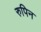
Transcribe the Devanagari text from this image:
रुपिन